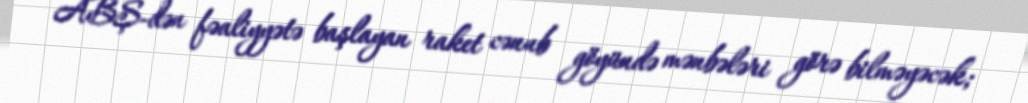
ABŞ-dən fəaliyyətə başlayan raket cənub göyündə mənbələri görə bilməyəcək;